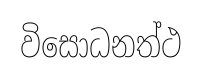
විසොධනත්ථ